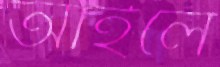
আইলে